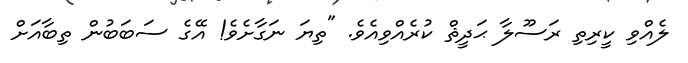
ލެއްވި ކީރިތި ރަސޫލާ ޙަދީޘް ކުރެއްވިއެވެ. "ތިޔަ ނަގާށެވެ! އޭގެ ސަބަބުން ތިބާއަށް